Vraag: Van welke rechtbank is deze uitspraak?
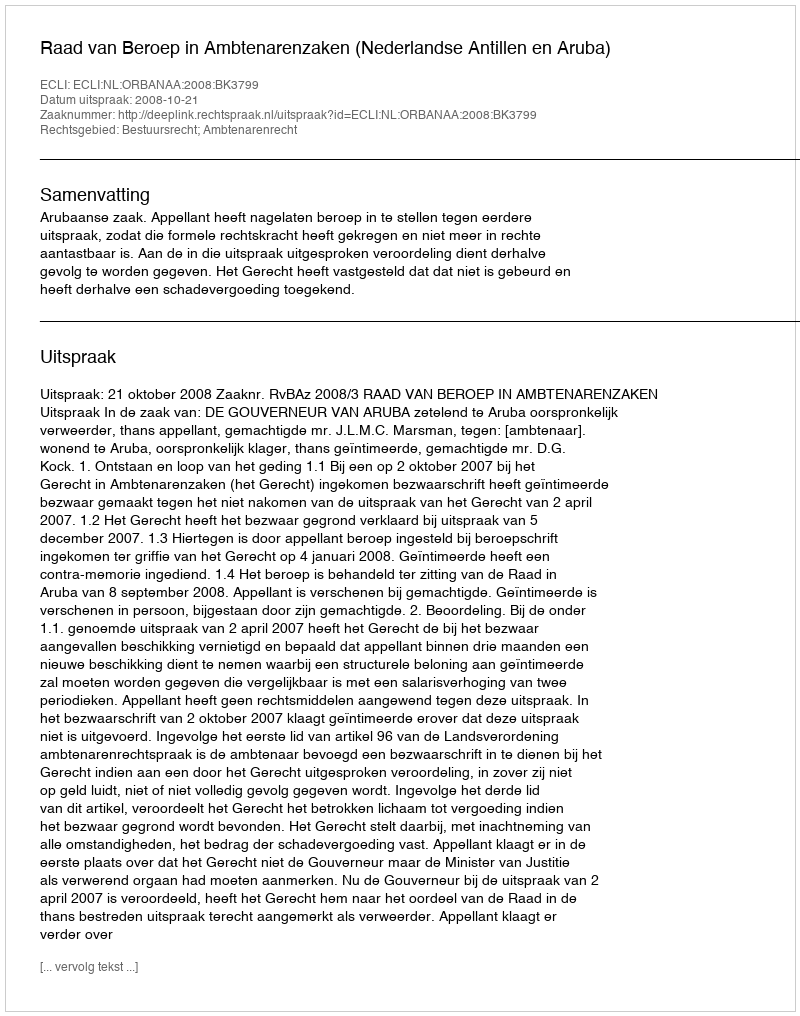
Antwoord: Raad van Beroep in Ambtenarenzaken (Nederlandse Antillen en Aruba)